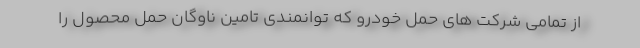
از تمامی شرکت های حمل خودرو که توانمندی تامین ناوگان حمل محصول را